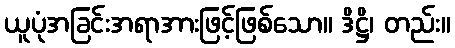
ယူပုံအခြင်းအရာအားဖြင့်ဖြစ်သော။ ဒိဋ္ဌိ၊ တည်း။